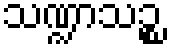
သဏ္ဍာသဉ္စ